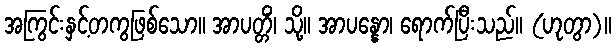
အကြွင်းနှင့်တကွဖြစ်သော။ အာပတ္တိံ၊ သို့။ အာပန္နော၊ ရောက်ပြီးသည်။ (ဟုတွာ)။